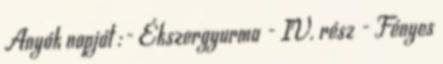
Anyák napját :- Ékszergyurma - IV. rész - Fényes